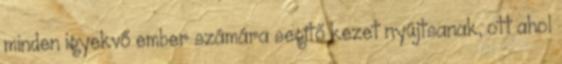
minden igyekvő ember számára segítő kezet nyújtsanak, ott ahol